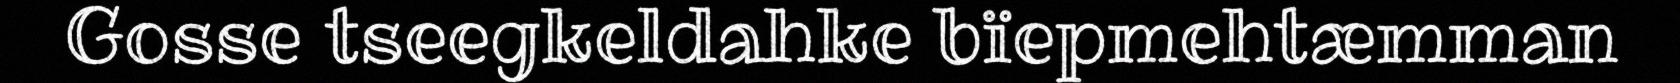
Gosse tseegkeldahke bïepmehtæmman